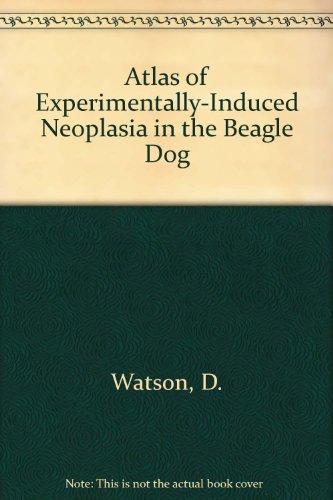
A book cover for Atlas of Experimentally-Induced Neoplasia in the Beagle Dog; Thomas E. Fritz; Medical Books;